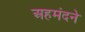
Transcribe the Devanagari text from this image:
अहमंदने